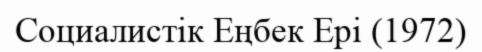
Социалистік Еңбек Ері (1972)